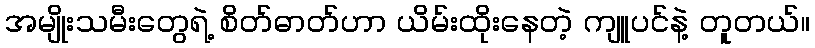
အမျိုးသမီးတွေရဲ့ စိတ်ဓာတ်ဟာ ယိမ်းထိုးနေတဲ့ ကျူပင်နဲ့ တူတယ်။